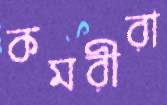
কমরীরা